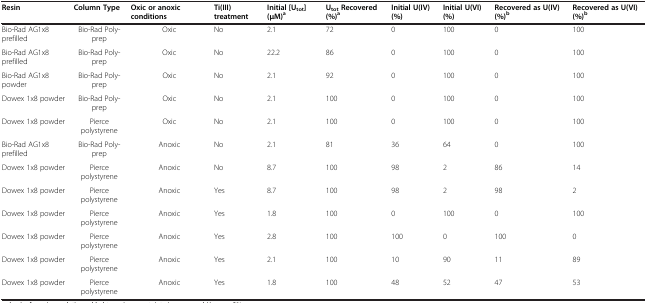
| Resin | Column Type | Oxic or anoxic conditions | Ti(III) treatment | Initial [Utot] (μM)a | UtotRecovered (%)a | Initial U(IV) (%) | Initial U(VI) (%) | Recovered as U(IV) (%)b | Recovered as U(VI) (%)b |
 | --- | --- | --- | --- | --- | --- | --- | --- | --- | --- |
 | Bio-Rad AG1x8 prefilled | Bio-Rad Poly-prep | Oxic | No | 2.1 | 72 | 0 | 100 | 0 | 100 |
 | Bio-Rad AG1x8 prefilled | Bio-Rad Poly-prep | Oxic | No | 22.2 | 86 | 0 | 100 | 0 | 100 |
 | Bio-Rad AG1x8 powder | Bio-Rad Poly-prep | Oxic | No | 2.1 | 92 | 0 | 100 | 0 | 100 |
 | Dowex 1x8 powder | Bio-Rad Poly-prep | Oxic | No | 2.1 | 100 | 0 | 100 | 0 | 100 |
 | Dowex 1x8 powder | Pierce polystyrene | Oxic | No | 2.1 | 100 | 0 | 100 | 0 | 100 |
 | Bio-Rad AG1x8 prefilled | Bio-Rad Poly-prep | Anoxic | No | 2.1 | 81 | 36 | 64 | 0 | 100 |
 | Dowex 1x8 powder | Pierce polystyrene | Anoxic | No | 8.7 | 100 | 98 | 2 | 86 | 14 |
 | Dowex 1x8 powder | Pierce polystyrene | Anoxic | Yes | 8.7 | 100 | 98 | 2 | 98 | 2 |
 | Dowex 1x8 powder | Pierce polystyrene | Anoxic | Yes | 1.8 | 100 | 0 | 100 | 0 | 100 |
 | Dowex 1x8 powder | Pierce polystyrene | Anoxic | Yes | 2.8 | 100 | 100 | 0 | 100 | 0 |
 | Dowex 1x8 powder | Pierce polystyrene | Anoxic | Yes | 2.1 | 100 | 10 | 90 | 11 | 89 |
 | Dowex 1x8 powder | Pierce polystyrene | Anoxic | Yes | 1.8 | 100 | 48 | 52 | 47 | 53 |